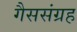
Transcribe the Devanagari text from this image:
गैससंग्रह